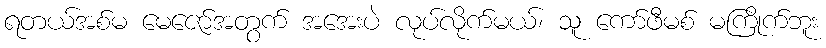
ရတယ်အစ်မ မေဇော်အတွက် အအေးပဲ လုပ်လိုက်မယ်၊ သူ ကော်ဖီမစ် မကြိုက်ဘူး